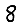
Digit: 8